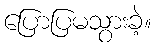
ပြောပြမသွားခဲ့။